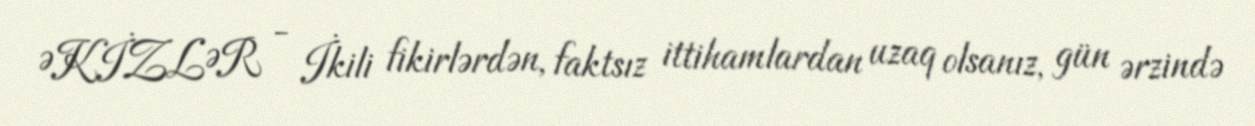
ƏKİZLƏR - İkili fikirlərdən, faktsız ittihamlardan uzaq olsanız, gün ərzində